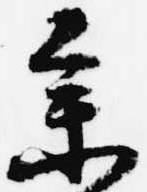
参